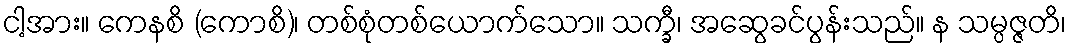
ငါ့အား။ ကေနစိ (ကောစိ)၊ တစ်စုံတစ်ယောက်သော။ သက္ခီ၊ အဆွေခင်ပွန်းသည်။ န သမ္ပဇ္ဇတိ၊